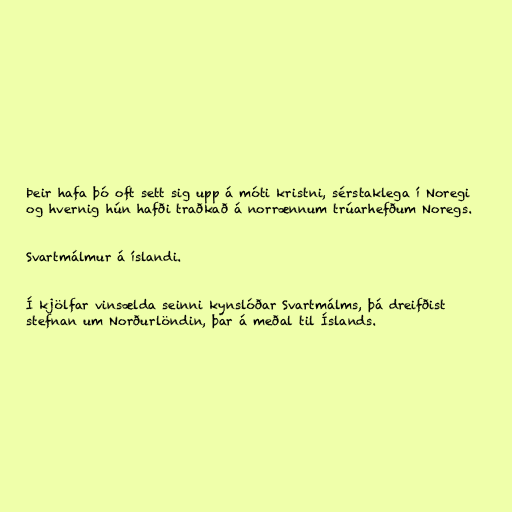
Þeir hafa þó oft sett sig upp á móti kristni, sérstaklega í Noregi
og hvernig hún hafði traðkað á norrænnum trúarhefðum Noregs.

Svartmálmur á íslandi.

Í kjölfar vinsælda seinni kynslóðar Svartmálms, þá dreifðist
stefnan um Norðurlöndin, þar á meðal til Íslands.